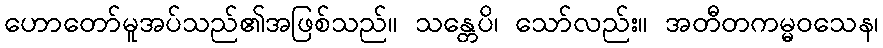
ဟောတော်မူအပ်သည်၏အဖြစ်သည်။ သန္တေပိ၊ သော်လည်း။ အတီတကမ္မဝသေန၊